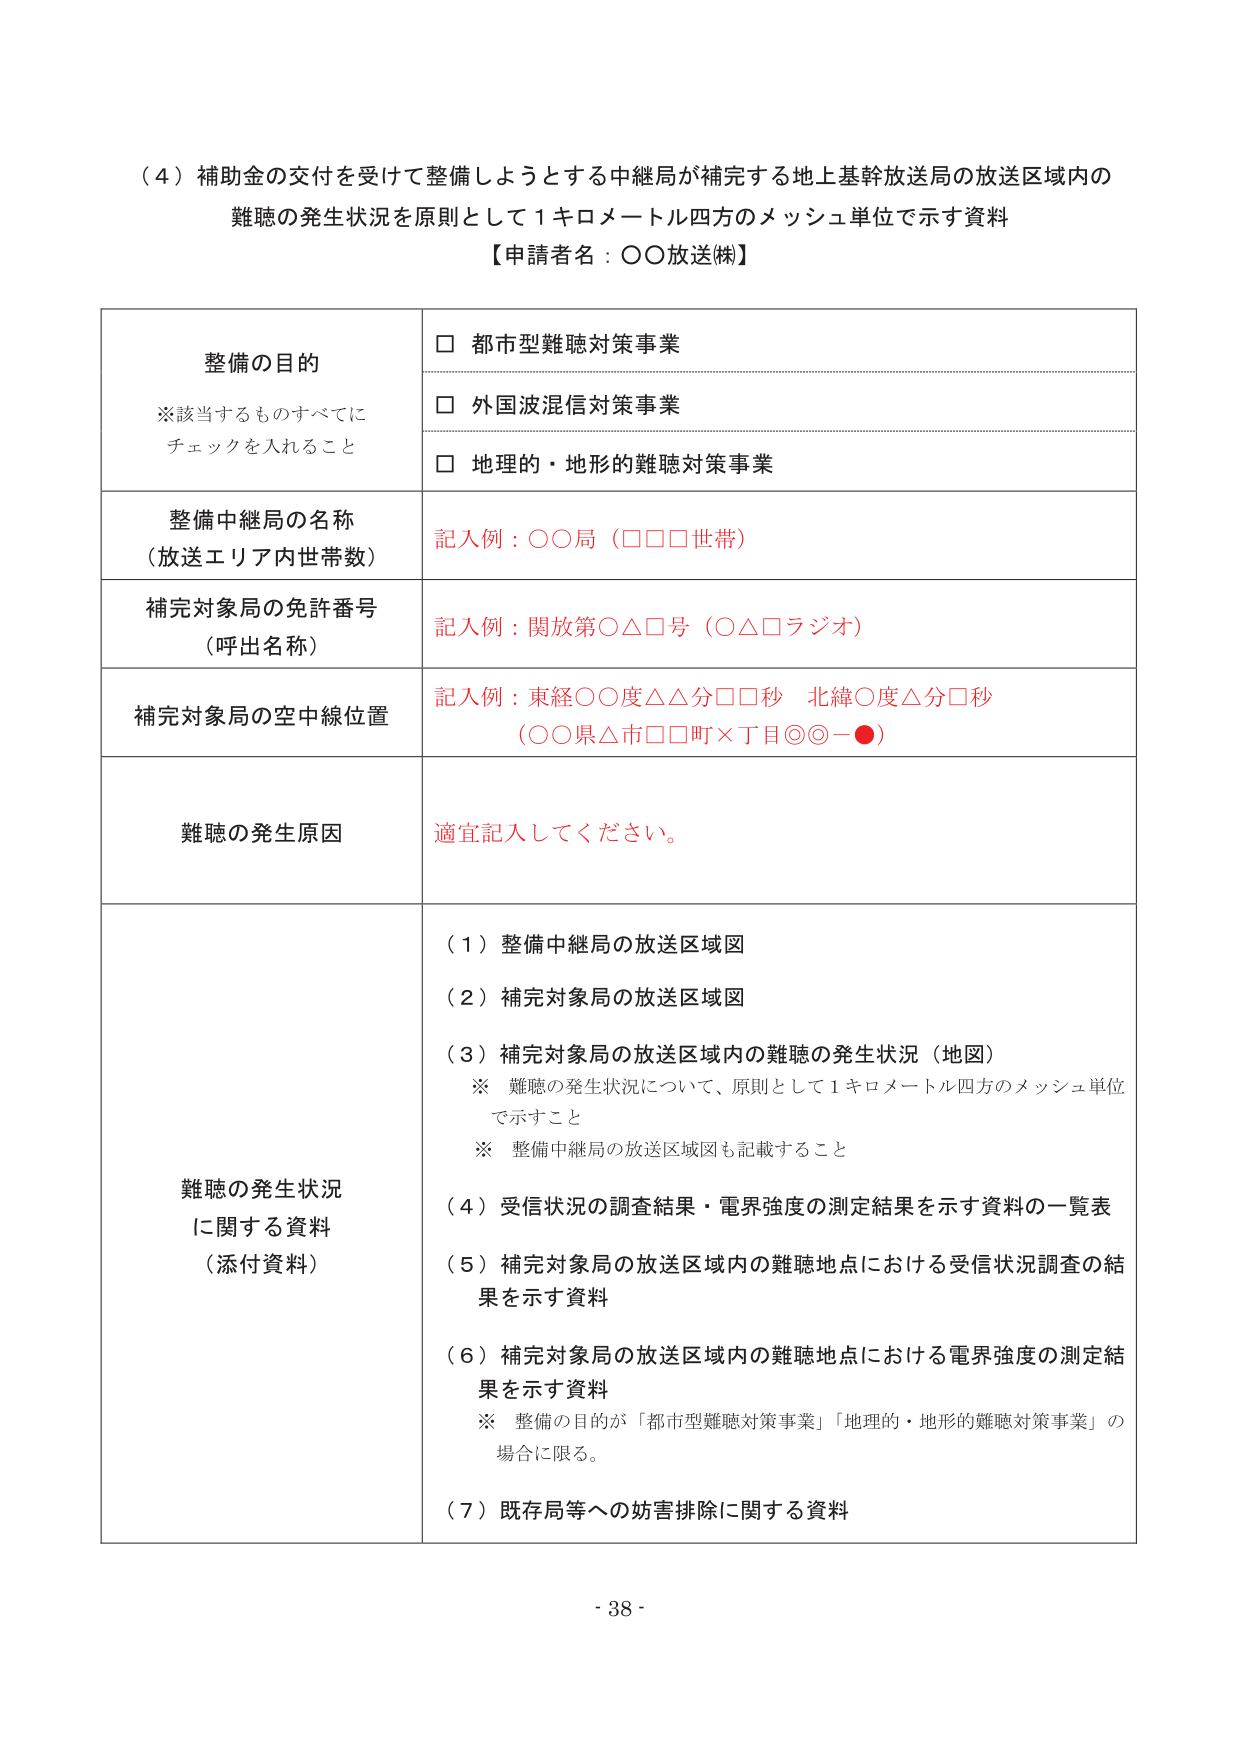
（４）補助金の交付を受けて整備しようとする中継局が補完する地上基幹放送局の放送区域内の
難聴の発生状況を原則として１キロメートル四方のメッシュ単位で示す資料
【申請者名：○○放送㈱】

整備の目的
※該当するものすべてに
チェックを入れること

□ 都市型難聴対策事業
□ 外国波混信対策事業
□ 地理的・地形的難聴対策事業

整備中継局の名称
（放送エリア内世帯数）
記入例：○○局（□□□世帯）

補完対象局の免許番号
（呼出名称）
記入例：関放第○△□号（○△□ラジオ）

補完対象局の空中線位置
記入例：東経○○度△△分□□秒 北緯○度△分□秒
（○○県△市□□町×丁目◎◎－●）

難聴の発生原因
適宜記入してください。

難聴の発生状況
に関する資料
（添付資料）

（１）整備中継局の放送区域図
（２）補完対象局の放送区域図
（３）補完対象局の放送区域内の難聴の発生状況（地図）
※ 難聴の発生状況について、原則として１キロメートル四方のメッシュ単位
で示すこと
※ 整備中継局の放送区域図も記載すること
（４）受信状況の調査結果・電界強度の測定結果を示す資料の一覧表
（５）補完対象局の放送区域内の難聴地点における受信状況調査の結果を示す資料
（６）補完対象局の放送区域内の難聴地点における電界強度の測定結果を示す資料
※ 整備の目的が「都市型難聴対策事業」「地理的・地形的難聴対策事業」の場合に限る。
（７）既存局等への妨害排除に関する資料

- 38 -